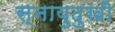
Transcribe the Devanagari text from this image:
स्नायुदुखी